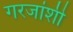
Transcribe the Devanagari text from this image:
गरजांशी